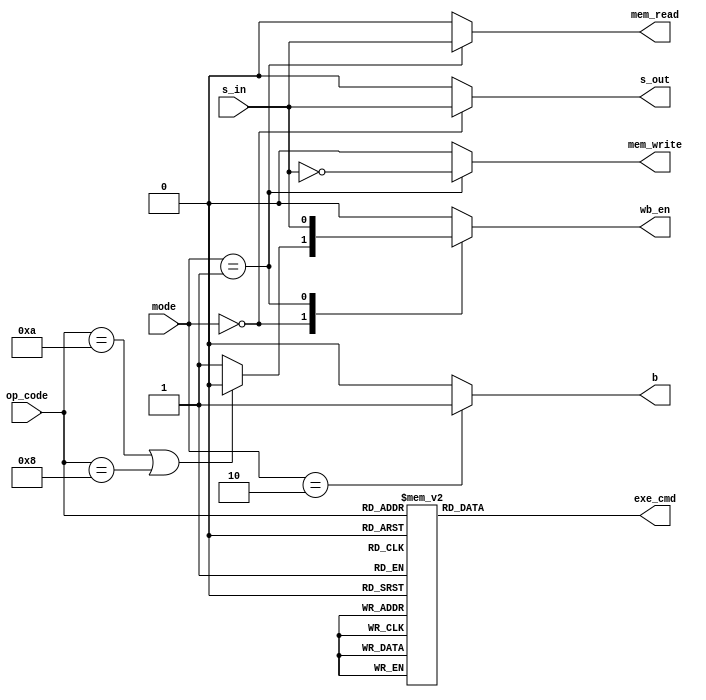
module Control_Unit(    
    input [1:0]mode,
    input [3:0]op_code,
    input s_in,
    output reg [3:0] exe_cmd,
    output reg mem_read, mem_write, wb_en, b, s_out
);
    always @(mode, op_code, s_in) begin
        mem_read = 1'b0; mem_write = 1'b0; wb_en = 1'b0; b = 1'b0; s_out = 1'b0;
        exe_cmd = 4'd0;
        case(op_code)
            4'b1101: exe_cmd = 4'b0001; // MOV
            4'b1111: exe_cmd = 4'b1001; // MVN
            4'b0100: exe_cmd = 4'b0010; // ADD
            4'b0101: exe_cmd = 4'b0011; // ADC
            4'b0010: exe_cmd = 4'b0100; // SUB
            4'b0110: exe_cmd = 4'b0101; // SBC
            4'b0000: exe_cmd = 4'b0110; // AND
            4'b1100: exe_cmd = 4'b0111; // ORR
            4'b0001: exe_cmd = 4'b1000; // EOR
            4'b1010: exe_cmd = 4'b0100; // CMP
            4'b1000: exe_cmd = 4'b0110; // TST
            4'b0100: exe_cmd = 4'b0010; // LDR
            4'b0100: exe_cmd = 4'b0010; // STR
            default: exe_cmd = 4'b0001;
        endcase
        case(mode)
            2'b00: begin
                s_out = s_in;
                // wb_en is off for CMP, TST
                wb_en = (op_code == 4'b1010 || op_code == 4'b1000) ? 1'b0 : 1'b1;
            end
            2'b01: begin
                wb_en = s_in;
                mem_write = ~s_in;
                mem_read = s_in;
            end
            2'b10: b = 1'b1;
        endcase
    end
endmodule


// module ControlUnit (mode, op_code, s_in, exe_cmd, mem_r_en, mem_w_en, wb_en, s, b);

//   input [1:0]mode;
//   input [3:0]op_code;
//   input s_in;
//   output reg [3:0] exe_cmd;
//   output reg mem_r_en, mem_w_en, wb_en, s, b;

//   always @ (*) begin
//     mem_w_en = 1'b0; mem_r_en = 1'b0; exe_cmd = 4'b0000; wb_en = 1'b0; s = 1'b0; b = 1'b0;
//     case (mode)
//       2'b00: begin
//         case (op_code)
//           4'b0000: begin exe_cmd = 4'b0110; wb_en = 1'b1; s = s_in; end
//           4'b0001: begin exe_cmd = 4'b1000; wb_en = 1'b1; s = s_in; end
//           4'b0010: begin exe_cmd = 4'b0100; wb_en = 1'b1; s = s_in; end
//           4'b0100: begin exe_cmd = 4'b0010; wb_en = 1'b1; s = s_in; end
//           4'b0101: begin exe_cmd = 4'b0011; wb_en = 1'b1; s = s_in; end
//           4'b0110: begin exe_cmd = 4'b0101; wb_en = 1'b1; s = s_in; end
//           4'b1000: begin exe_cmd = 4'b0110; s = s_in; end
//           4'b1010: begin exe_cmd = 4'b0100; s = s_in; end
//           4'b1100: begin exe_cmd = 4'b0111; wb_en = 1'b1; s = s_in; end
//           4'b1101: begin exe_cmd = 4'b0001; wb_en = 1'b1; s = s_in; end
//           4'b1111: begin exe_cmd = 4'b1001; wb_en = 1'b1; s = s_in; end
//         endcase
//       end
//       2'b01: begin
//         case (s_in)
//           1'b0: begin exe_cmd = 4'b0010; mem_w_en = 1'b1; end
//           1'b1: begin exe_cmd = 4'b0010; wb_en = 1'b1; mem_r_en = 1'b1; end
//         endcase
//       end
//       2'b10: begin exe_cmd = 4'bxxxx; s = s_in; b = 1'b1; end
//     endcase
//   end

// endmodule